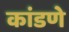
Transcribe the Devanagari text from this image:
कांडणे